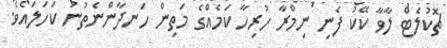
ޗޮކުލެޓް ލާވާ ކޭކު ފެނި ނިމްރާ ހުރިހާ ކަމެއްގެ މަތިން ހަނދާންނެތުނު ކަހަލައެވެ.